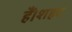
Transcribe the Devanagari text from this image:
हैं।शहद